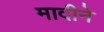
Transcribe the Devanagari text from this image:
मादीने